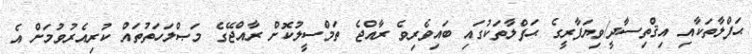
ޙަފްލާތަކާއި އިޤްތިސާދީ/ވިޔަފާރީގެ ޙަފްލާތަކުގައި ބައިވެރިވެ ރާއްޖެ ތަމްސީލުކޮށް ރާއްޖޭގެ މަޞްލަހަތުތައް ކުރިއެރުވުމަށް އެ